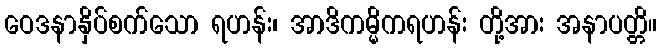
ဝေဒနာနှိပ်စက်သော ရဟန်း၊ အာဒိကမ္မိကရဟန်း တို့အား အနာပတ္တိ။